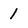
Character: 1